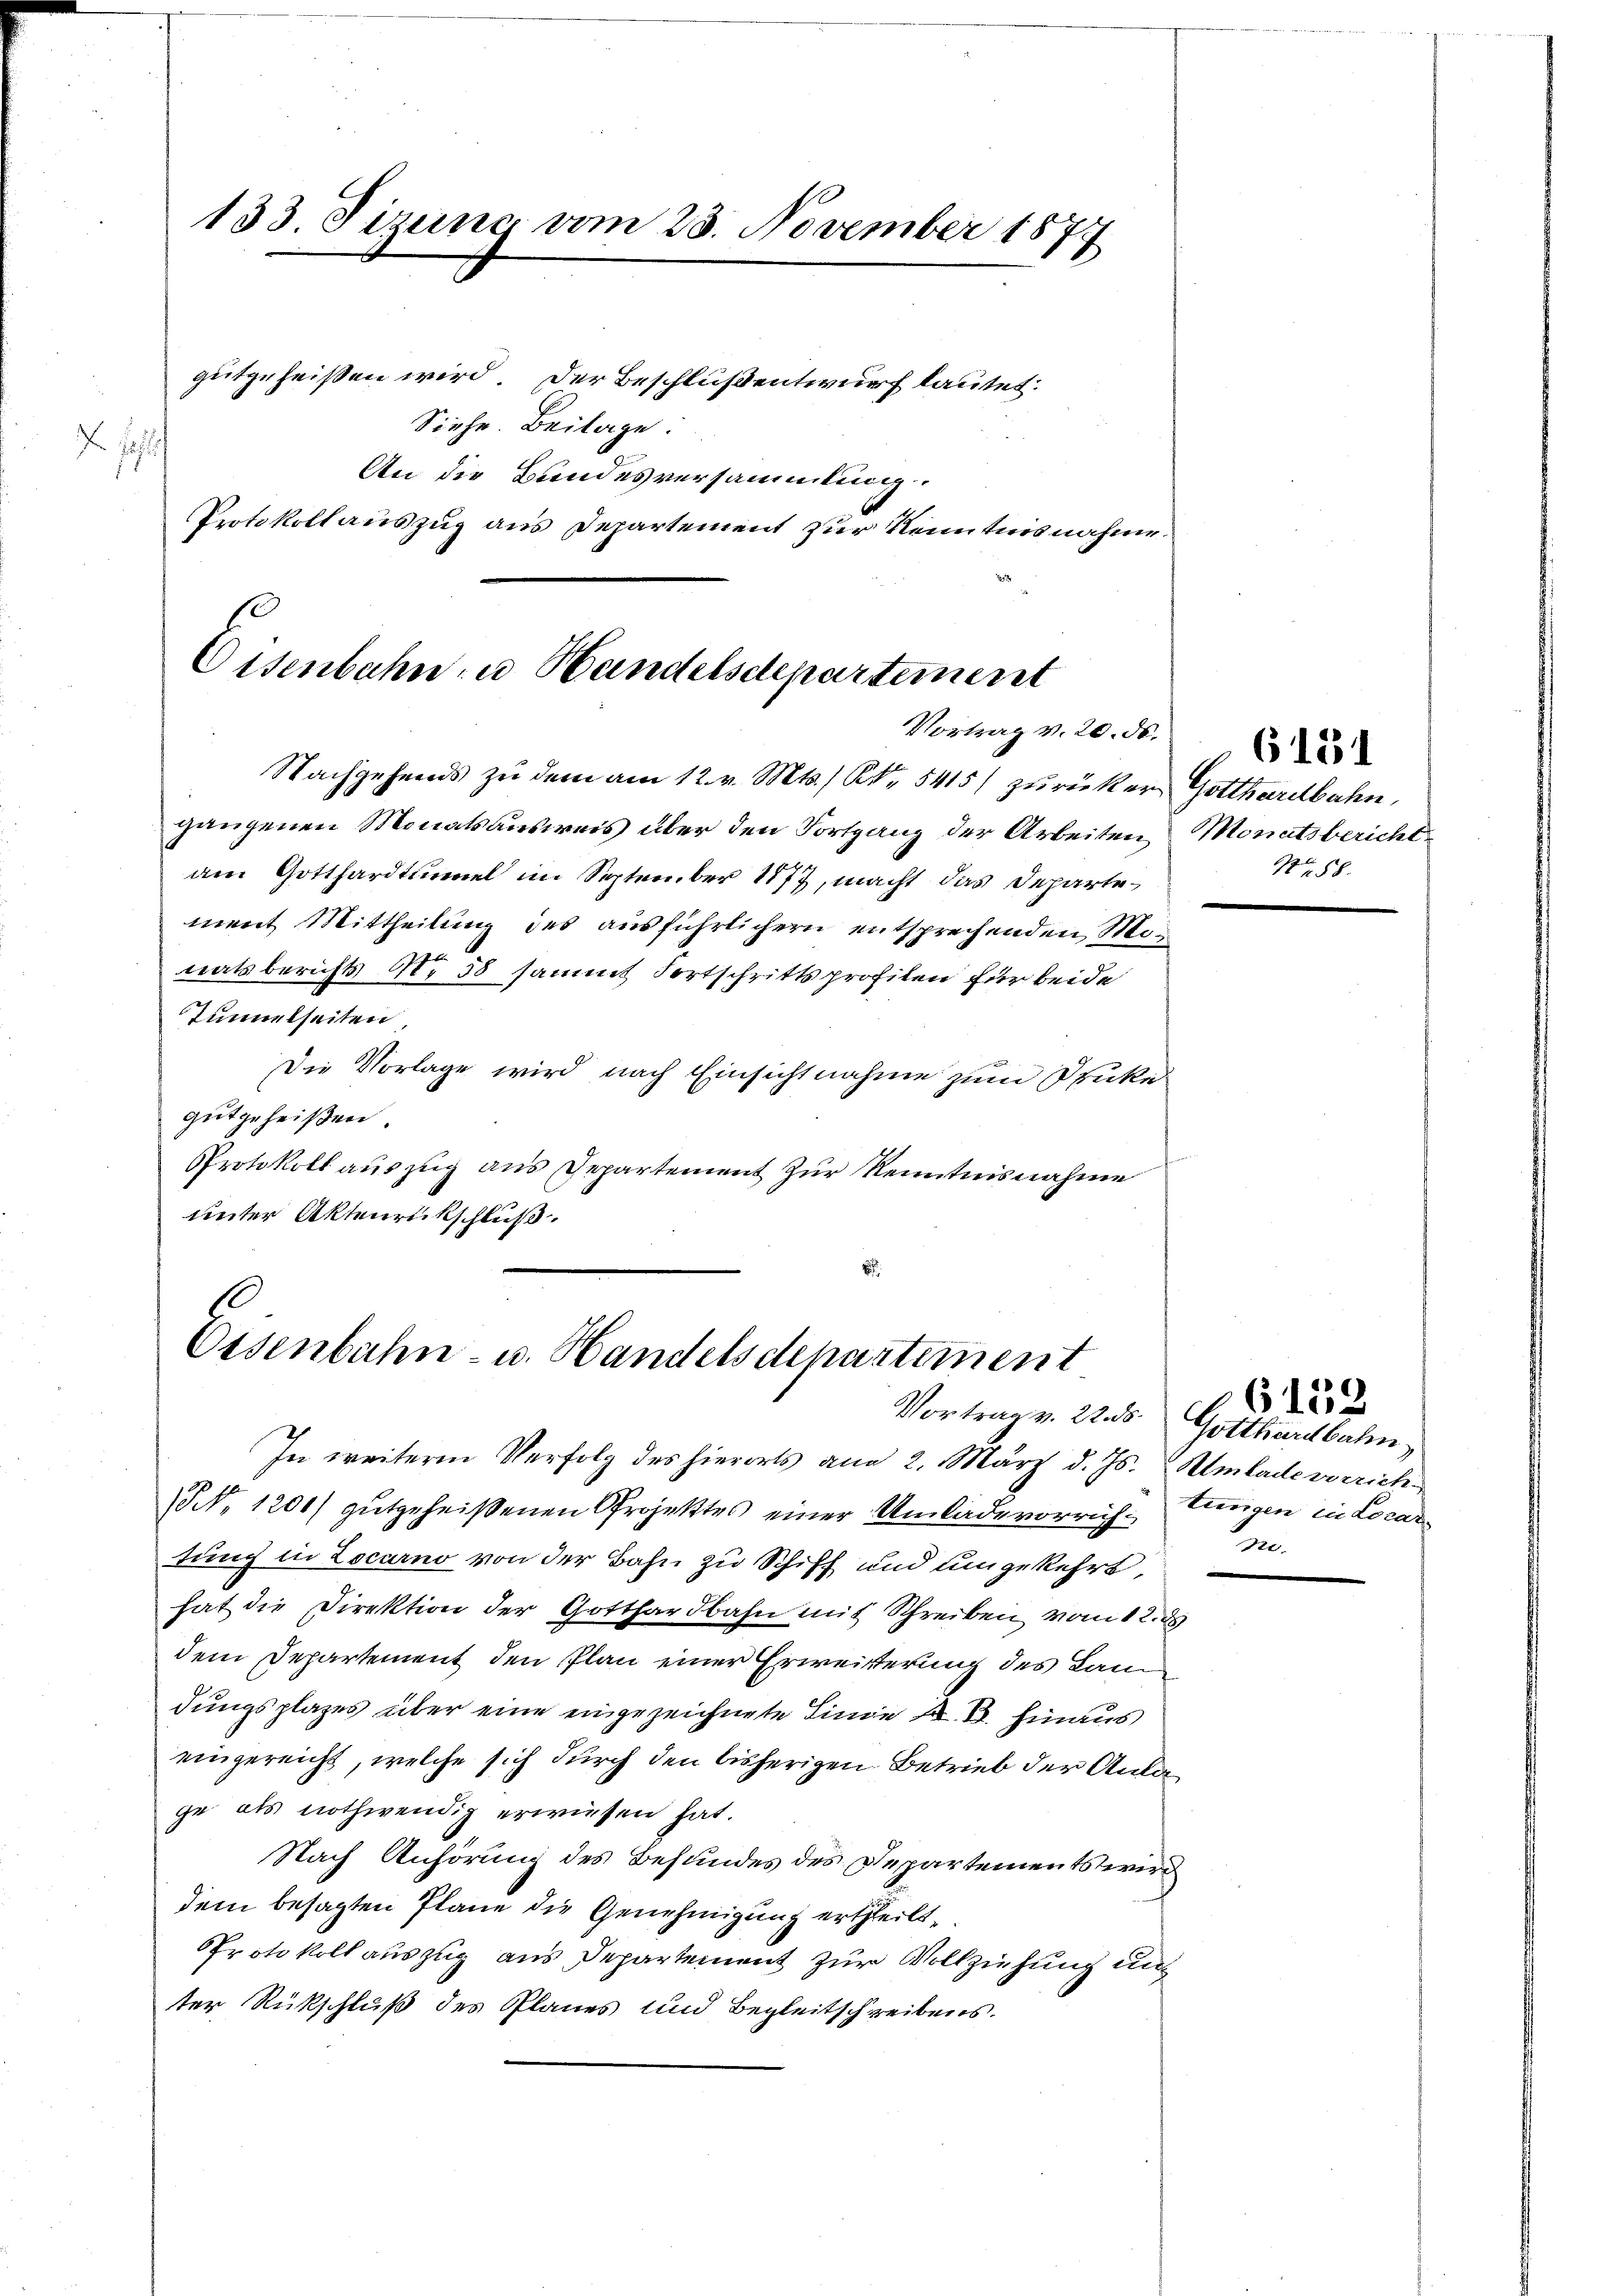
7. Jah

Eisenbahn u. Handelsdepartement
Vortrag v. 20. No. 6. d. 25
Nachgehends zu dem am 12. v. Mts., S. 5415/ zurücker Gotthardbahn,

133. Sizung vom 23. November 1877
gutgeheißen wird. Der Beschlußentwurf lautet:
Siehe. Beilage:

An die Bundesversammlung.
Protokollauszug aus Departement zur Kenntnisnahme.

gangenen Monatsausweis über den Fortgang der Arbeiten, Monatsbericht
am Gotthardtinuel im September 177, macht das Departement Mittheilung des ausführlichern entsprechenden Misx
tratsberichts Nr 58 sammt Fortschrittsprofilen für beide
Tunnelseiten,
Die Vorlage wird nach Einsichtnahme zum Drucke
gutgeheißen.
Protokoll auszug aus Departement zur Kenntnisnahme
unter Aktenrückschluß.

.
Osenbahn- u. Handelsdepartement

In weitere Verfolg des hierorts am 2. März d. Js. Umlade verrich
(NNo. 1200) gutgeheißenen Projektes einer Umlade vorrich. Augen in Locar
tung in Locarno von der Bahn zu Schiff und umgekehrt,
hat die Direktion der Gotthardbahn mit Schreiben vom 12. ds
dem Departement den Plan einer Erweisterung des Lan
dungsplazes über eine eingezeichnete Linie K. B. hinaus
eingereicht, welche sich durch den bisherigen Betrieb der Anlage als nothwendig erwiesen hat.
Nach Anhörung des Befundes des Departements wird
dem besagten Plane die Genehmigung ertheilt,
Protokoll auszug aus Departement zur Vollziehung unter Rückschluß des Planes und Begleitschreibens.

Vortrag v. 22. ds. Gotthardbahn

No 88.

2.

6159